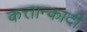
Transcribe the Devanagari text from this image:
कत्तान्कादी